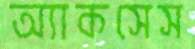
অ্যাকসেস